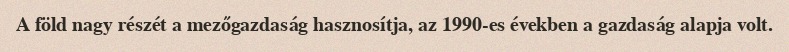
A föld nagy részét a mezőgazdaság hasznosítja, az 1990-es években a gazdaság alapja volt.